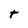
Character: t